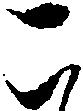
こ